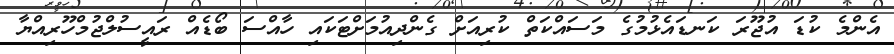
އެންމެ ކުޑަ އުޖޫރަ ކަނޑައެޅުމުގެ މަސައްކަތް ކުރިއަށް ގެންދިއުމަށްޓަކައި ހާއްސަ ބޯޑެއް ރައީސުލްޖުމްހޫރިއްޔާ